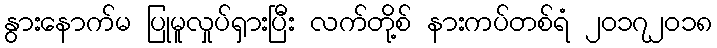
နွားနောက်မ ပြုမူလှုပ်ရှားပြီး လက်တို့စ် နားကပ်တစ်ရံ ၂၀၁၇၂၀၁၈